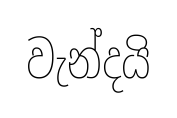
වැන්දයි